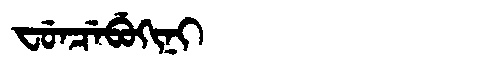
Manchu: ᠸᡠᠨᠴᡝᠪᡠᡴᡳᠨᡳ
Romanization: FUNCEBUKINI